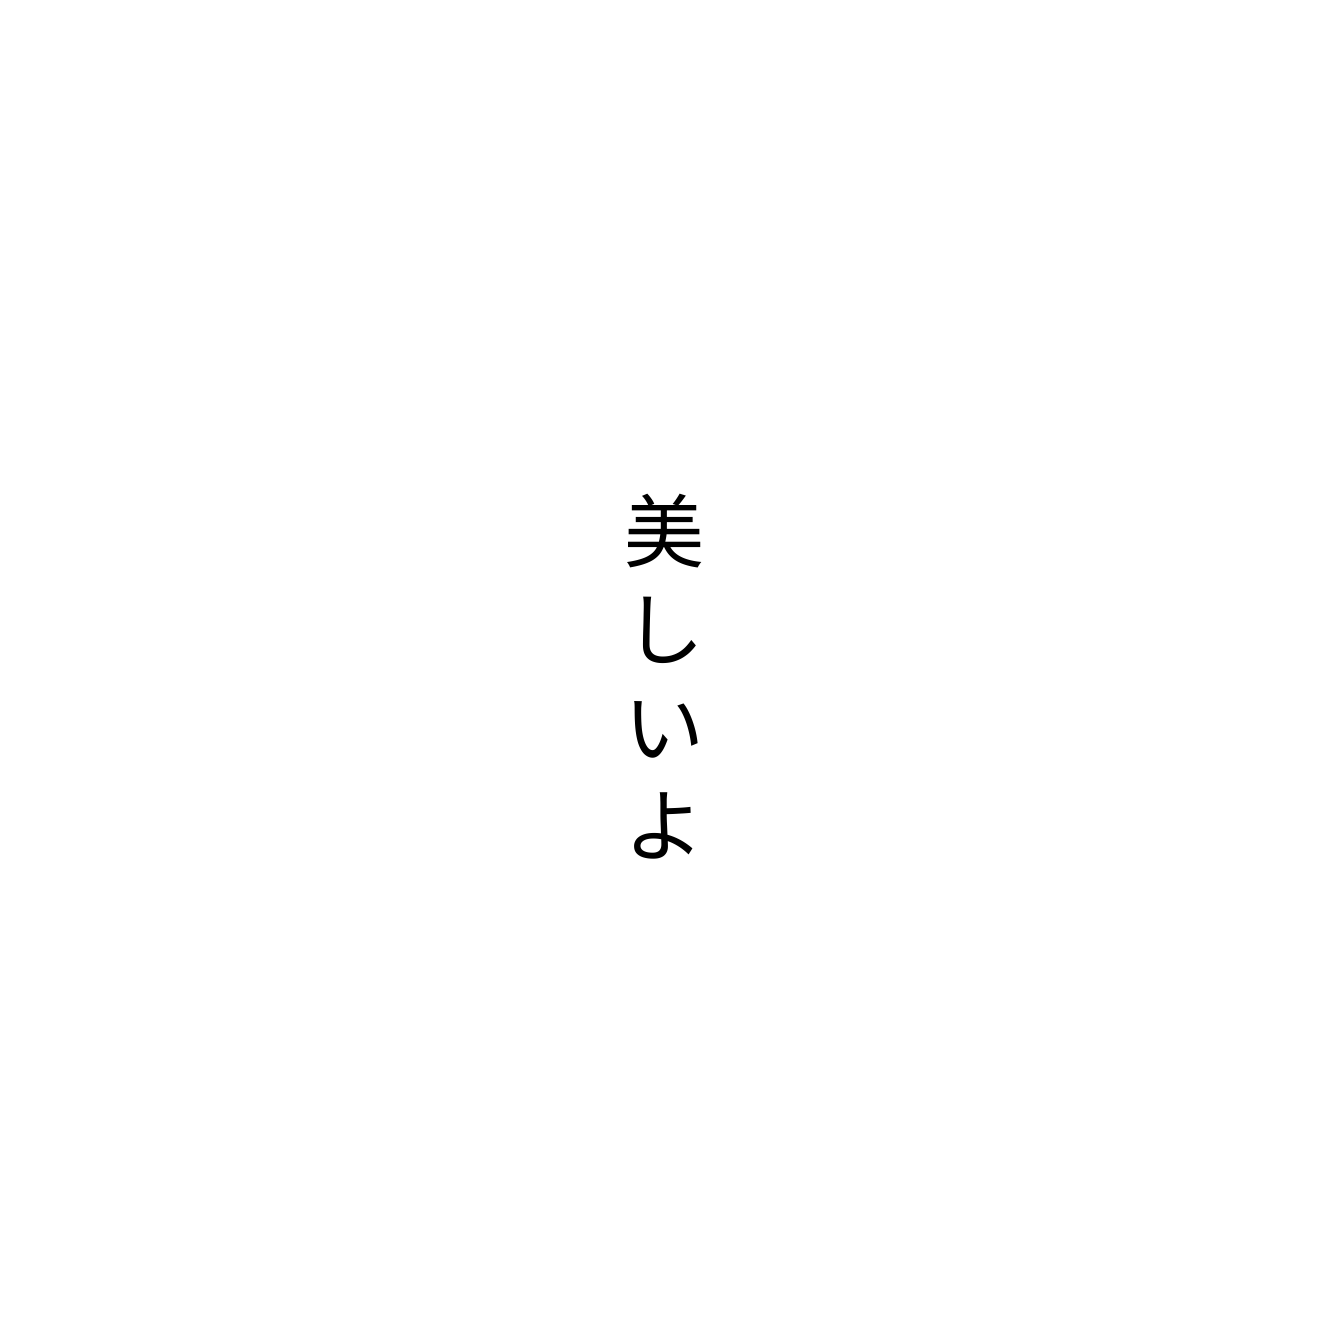
美しいよ